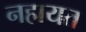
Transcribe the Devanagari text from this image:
नहायत